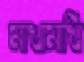
মাখামাখি